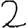
Digit: 2